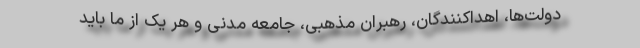
دولت‌ها، اهداکنندگان، رهبران مذهبی، جامعه مدنی و هر یک از ما باید